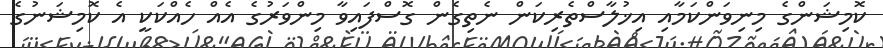
ކޮމިޝަންގެ މިނިވަންކަމާއި އިޚުލާސްތެރިކަން ނެތިގެން ގޮސްފައިވާ މިންވަރުގެ އެއް ހެއްކަކީ އެ ކޮމިޝަނުގެ